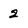
Character: 2